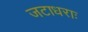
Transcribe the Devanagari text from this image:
जटाधराः